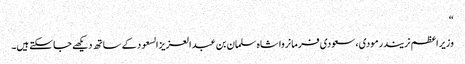
“
وزیراعظم نریندرمودی، سعودی فرمانروا شاہ سلمان بن عبد العزیزالسعود کے ساتھ دیکھے جاسکتے ہیں۔